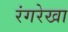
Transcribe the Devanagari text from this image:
रंगरेखा